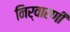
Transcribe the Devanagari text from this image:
निर्वारणी